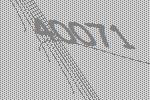
40071